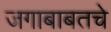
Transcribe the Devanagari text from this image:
जगाबाबतचे